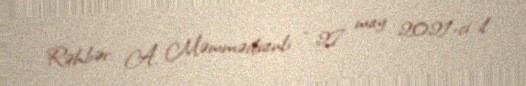
Rəhbər: A. Məmmədxanlı - 27 may 2021-ci il